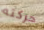
حركته